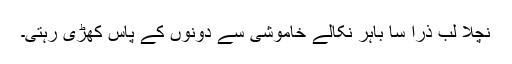
نچلا لب ذرا سا باہر نکالے خاموشی سے دونوں کے پاس کھڑی رہتی۔